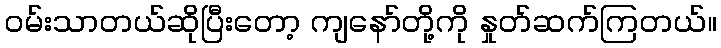
ဝမ်းသာတယ်ဆိုပြီးတော့ ကျနော်တို့ကို နှုတ်ဆက်ကြတယ်။